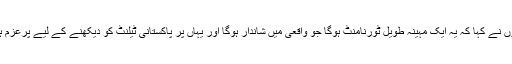
انھوں نے کہا کہ یہ ایک مہینہ طویل ٹورنامنٹ ہوگا جو واقعی میں شاندار ہوگا اور یہاں پر پاکستانی ٹیلنٹ کو دیکھنے کے لیے پرعزم ہوں۔